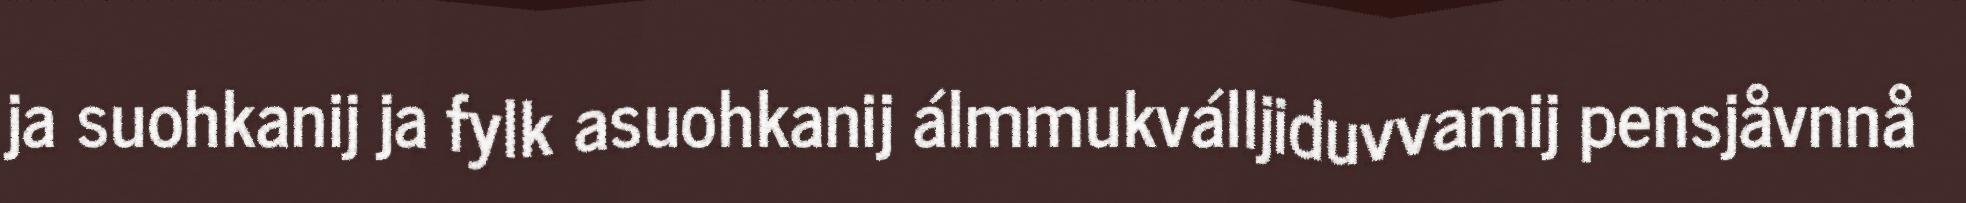
ja suohkanij ja fylk asuohkanij álmmukválljiduvvamij pensjåvnnå